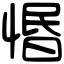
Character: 惽